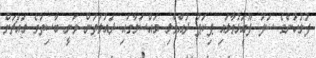
ފުލުހުންގެ ސަފު ފޫއަޅުވާލައި ޕިކަޕު ދުއްވާލި މައްސަލާގައި ދައުލަތުން ވަނީ ބާސިތުގެ މައްޗަށް